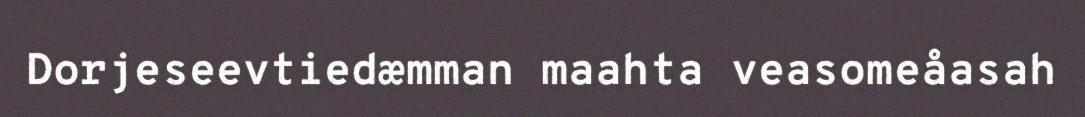
Dorjeseevtiedæmman maahta veasomeåasah